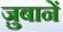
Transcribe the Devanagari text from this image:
ज़ुबानें